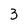
Character: 3